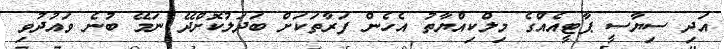
އަދި ސިޔާސީ ޕާޓީއެއްްގެ މިލްކިއްޔާތު އެހެން ފަރާތަކަށް ބަދަލުކޮށްދޭ ނަމޭ ބުނެ ވައުދުވި